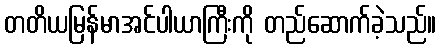
တတိယမြန်မာအင်ပါယာကြီးကို တည်ဆောက်ခဲ့သည်။